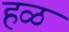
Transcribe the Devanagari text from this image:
हळ